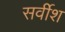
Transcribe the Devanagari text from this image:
सर्वीश